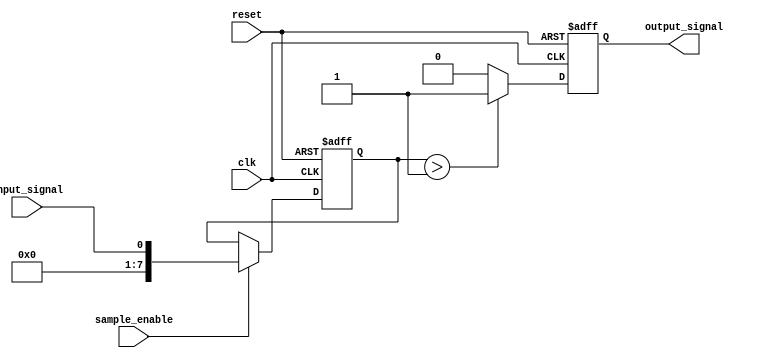
module MemoryBlocksSamplingDelayLineDetector #(
    parameter SAMPLE_DEPTH = 8, // Number of samples to store
    parameter DELAY_LENGTH = 4   // Length of the delay line
)(
    input wire clk,              // Clock signal
    input wire reset,            // Reset signal
    input wire sample_enable,     // Enable signal for sampling
    input wire input_signal,      // Input signal to be sampled
    output reg output_signal      // Output signal indicating detection result
);

    // Memory blocks to store samples
    reg [SAMPLE_DEPTH-1:0] memory [0:DELAY_LENGTH-1];
    reg [SAMPLE_DEPTH-1:0] current_sample;
    reg [DELAY_LENGTH-1:0] delay_line [0:DELAY_LENGTH-1];

    // Sampling module
    always @(posedge clk or posedge reset) begin
        if (reset) begin
            current_sample <= 0;
        end else if (sample_enable) begin
            current_sample <= input_signal;
        end
    end

    // Delay line implementation
    integer i;
    always @(posedge clk or posedge reset) begin
        if (reset) begin
            for (i = 0; i < DELAY_LENGTH; i = i + 1) begin
                delay_line[i] <= 0;
            end
        end else begin
            // Shift the delay line
            for (i = DELAY_LENGTH-1; i > 0; i = i - 1) begin
                delay_line[i] <= delay_line[i-1];
            end
            delay_line[0] <= current_sample; // Store the current sample
        end
    end

    // Memory blocks to store samples
    always @(posedge clk or posedge reset) begin
        if (reset) begin
            for (i = 0; i < SAMPLE_DEPTH; i = i + 1) begin
                memory[i] <= 0;
            end
        end else if (sample_enable) begin
            // Store the current sample in memory
            memory[0] <= current_sample; // Store in the first memory block
            // Shift the memory blocks
            for (i = SAMPLE_DEPTH-1; i > 0; i = i - 1) begin
                memory[i] <= memory[i-1];
            end
        end
    end

    // Comparison unit
    always @(posedge clk or posedge reset) begin
        if (reset) begin
            output_signal <= 0;
        end else begin
            // Example detection logic: Check if the current sample is greater than a threshold
            if (current_sample > 1) begin // Replace '1' with the desired threshold
                output_signal <= 1; // Detected pattern
            end else begin
                output_signal <= 0; // No pattern detected
            end
        end
    end

endmodule